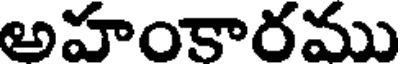
అహంకారము